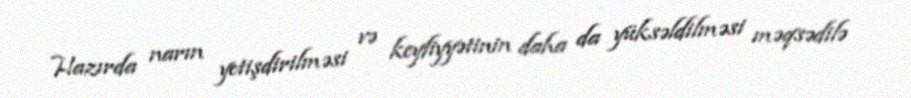
Hazırda narın yetişdirilməsi və keyfiyyətinin daha da yüksəldilməsi məqsədilə